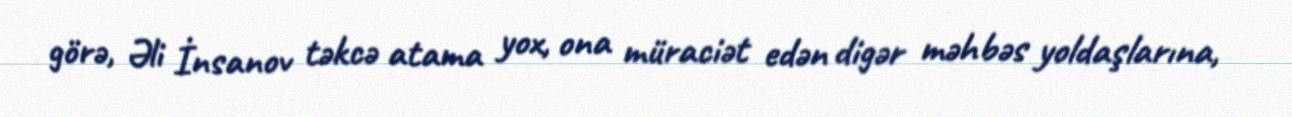
görə, Əli İnsanov təkcə atama yox, ona müraciət edən digər məhbəs yoldaşlarına,